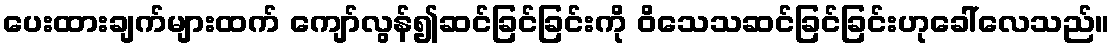
ပေးထားချက်များထက် ကျော်လွန်၍ဆင်ခြင်ခြင်းကို ဝိသေသဆင်ခြင်ခြင်းဟုခေါ်လေသည်။